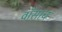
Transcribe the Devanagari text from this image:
वॉसाच